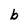
Character: b